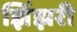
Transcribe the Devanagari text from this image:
झिंझरी